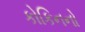
કોકિનનો